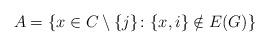
LaTeX: \begin{align*}A=\{x\in C\setminus \{j\}\colon \{x,i\} \notin E(G)\}\end{align*}